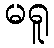
မရူ